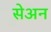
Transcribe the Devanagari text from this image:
सेअन